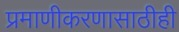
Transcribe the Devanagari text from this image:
प्रमाणीकरणासाठीही